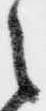
之